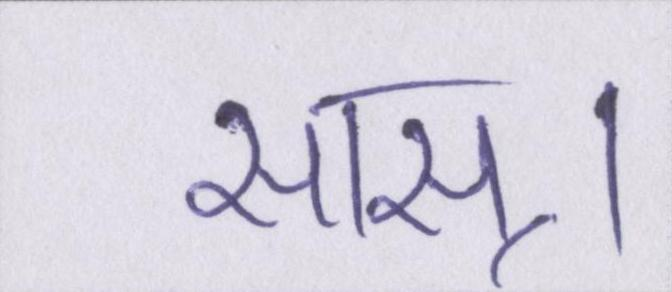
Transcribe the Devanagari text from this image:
सास्।